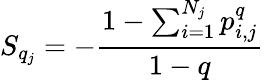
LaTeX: S_{q_{j}}=-\frac{1-\sum_{i=1}^{N_{j}}p_{i,j}^{q}}{1-q}